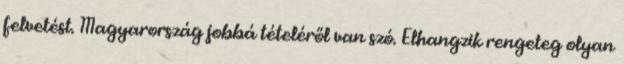
felvetést. Magyarország jobbá tételéről van szó. Elhangzik rengeteg olyan